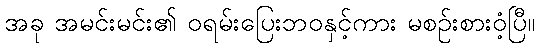
အခု အမင်းမင်း၏ ဝရမ်းပြေးဘဝနှင့်ကား မစဉ်းစားဝံ့ပြီ။